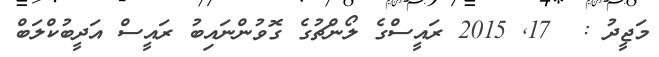
މަޖީދު :  17